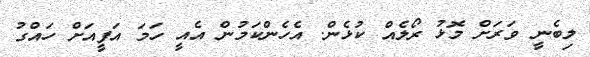
ލިބެނީ ވަރަށް މޮޅު ރޯލެއް ކުޅެން. އެހެންކަމުން އެއީ ހަމަ އަފީއަށް ހައްގު